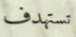
تستهدف